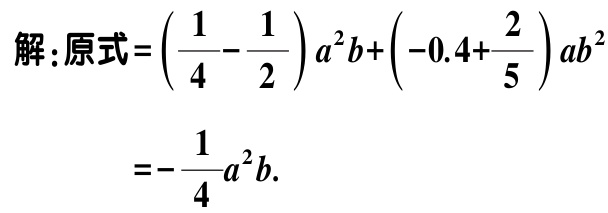
解：原式=\(\left(\dfrac{1}{4}-\dfrac{1}{2}\right)a^{2}b+\left(-0.4+\dfrac{2}{5}\right)ab^{2}\)
\(=-\dfrac{1}{4}a^{2}b\).